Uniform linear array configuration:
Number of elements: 4
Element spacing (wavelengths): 0.25
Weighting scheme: binomial
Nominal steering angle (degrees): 30
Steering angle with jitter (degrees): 28.651
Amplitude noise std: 0.05
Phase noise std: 0.05

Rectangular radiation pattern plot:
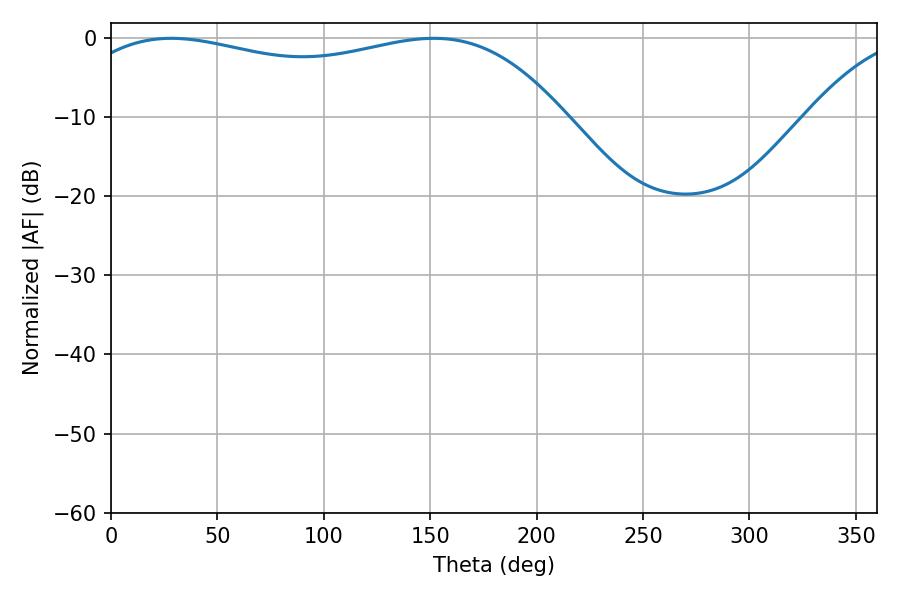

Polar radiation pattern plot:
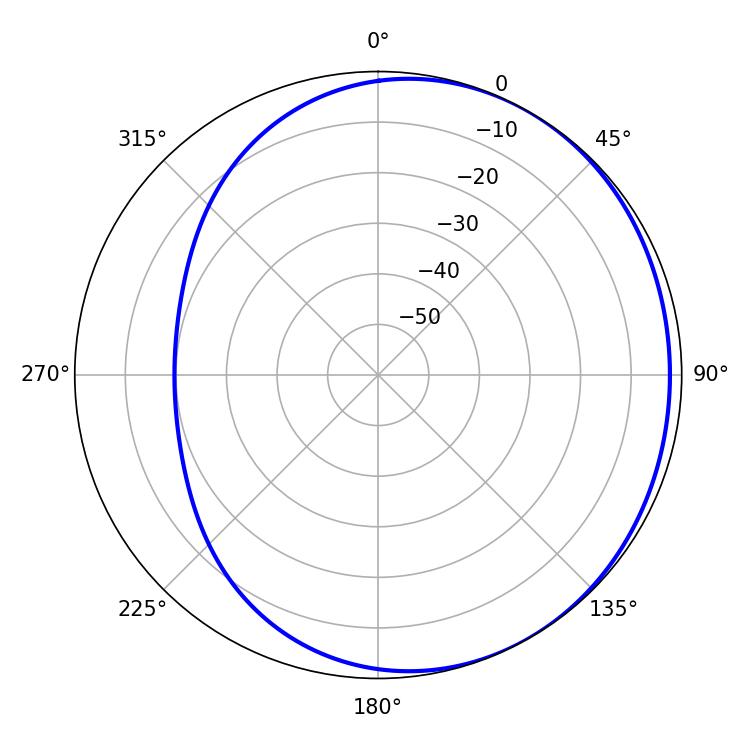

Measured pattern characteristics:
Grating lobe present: FALSE
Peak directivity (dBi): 1.54
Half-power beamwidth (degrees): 187.2
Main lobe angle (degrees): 28.26